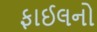
ફાઈલનો